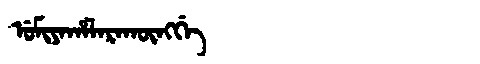
Manchu: ᡠᠮᡳᠶᠠᡥᠠᠯᠠᡵᠠᡴᡡᠩᡤᡝ
Romanization: UMIYAHALARAKŪNGGE